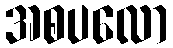
အစပလော